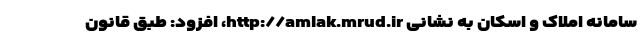
سامانه املاک و اسکان به نشانی http://amlak.mrud.ir، افزود: طبق قانون